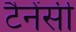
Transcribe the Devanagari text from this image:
टैनेंसी